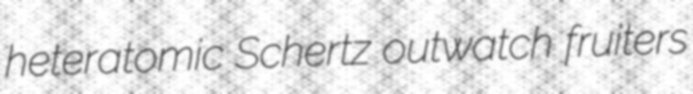
heteratomic Schertz outwatch fruiters